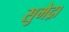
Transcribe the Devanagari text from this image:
सुभेद्रा